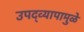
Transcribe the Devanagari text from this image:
उपद्‌व्यापामुळे